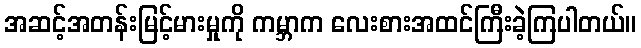
အဆင့်အတန်းမြင့်မားမှုကို ကမ္ဘာက လေးစားအထင်ကြီးခဲ့ကြပါတယ်။